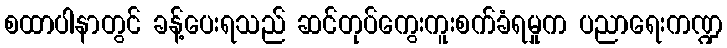
စထာပါနာတွင် ခန့်ပေးရသည် ဆင်တုပ်ကွေးကူးစက်ခံရမှုက ပညာရေးကဏ္ဍ